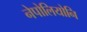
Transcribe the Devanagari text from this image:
नेपोलियोनि